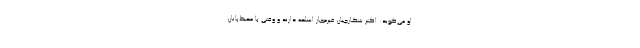
او می‌گوید: اکثر شکارچیان غیرمجاز اسلحه دارند و وقتی با محیط‌بانان